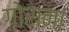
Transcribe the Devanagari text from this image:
गोराना